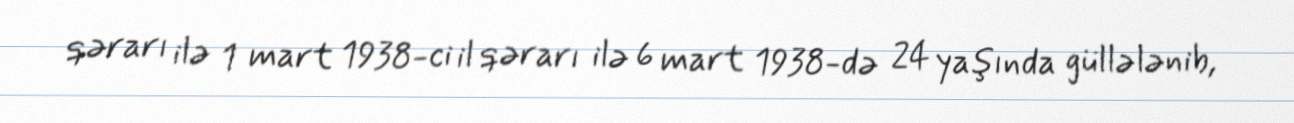
qərarı ilə 1 mart 1938-ci il qərarı ilə 6 mart 1938-də 24 yaşında güllələnib,